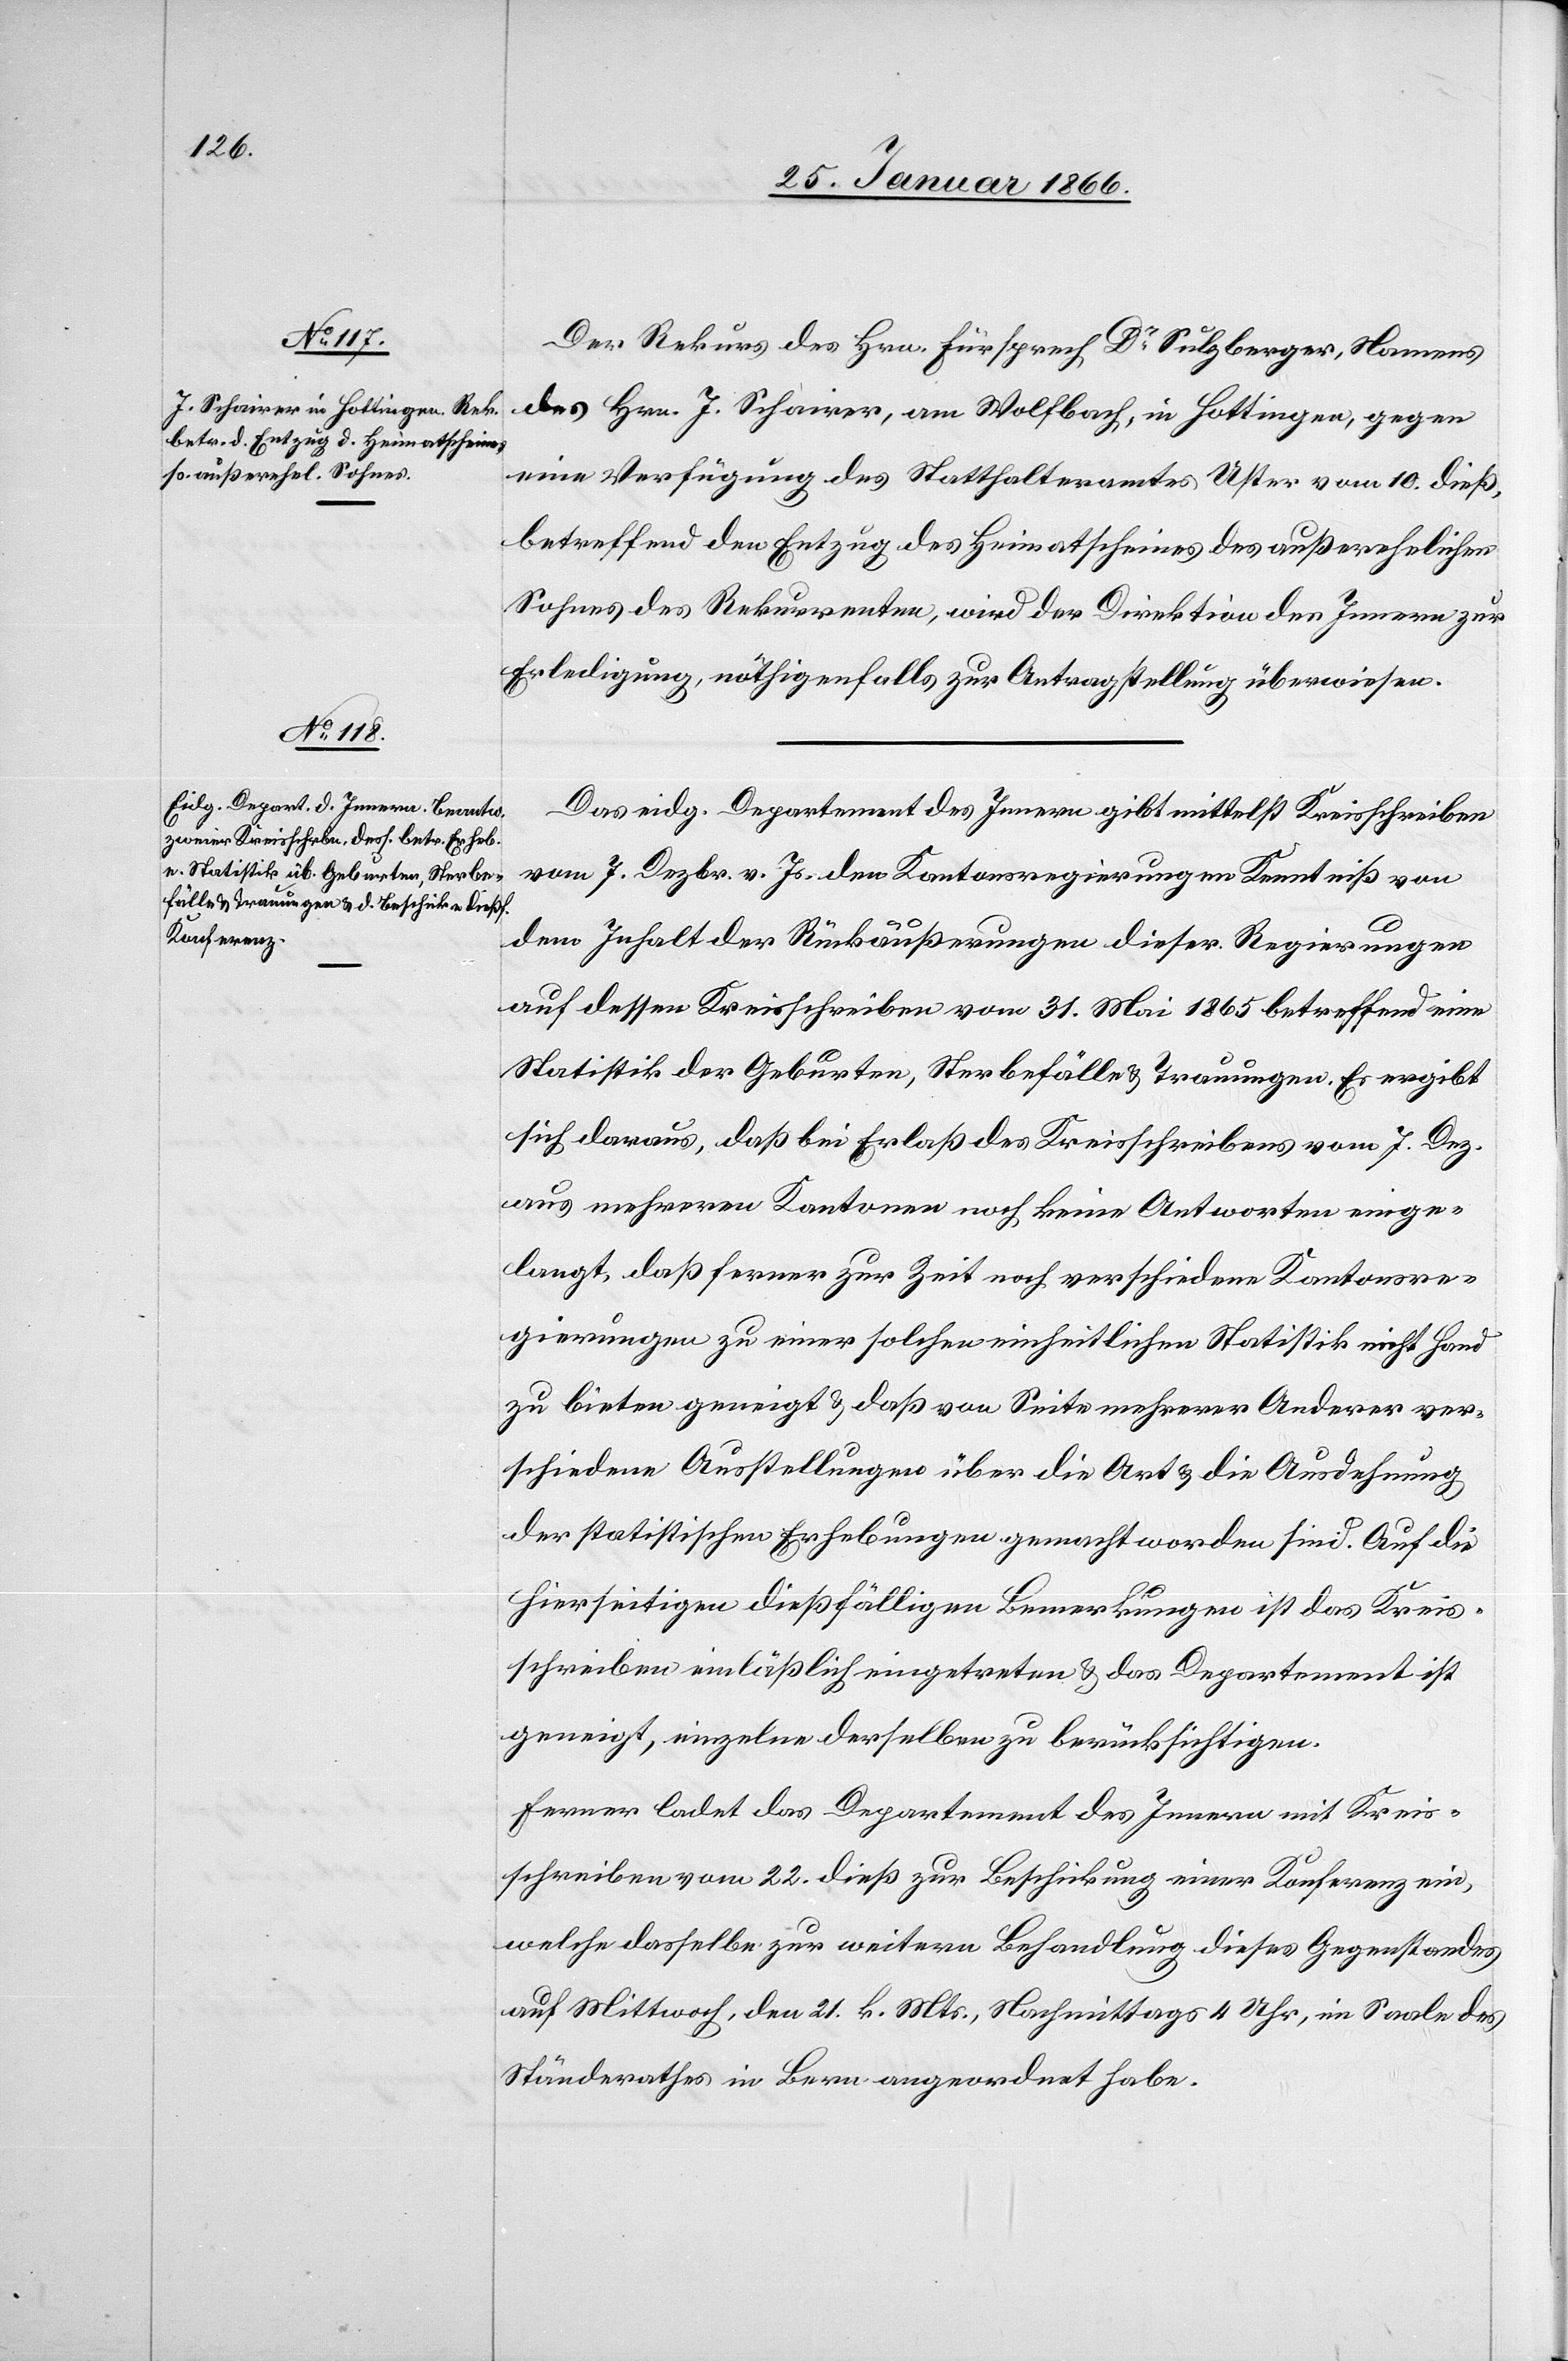
Der Rekurs des Hrn. Fürsprech Dr. Sulzberger, Namens
des Hrn. J. Schairer, am Wolfbach, in Hottingen, gegen
eine Verfügung des Statthalteramtes Uster vom 10. dieß,
betreffend den Entzug des Heimathscheines des außerehelichen
Sohnes des Rekurrenten, wird der Direktion des Innern zur
Erledigung, nöthigenfalls zur Antragstellung überwiesen.
Das eidg. Departement des Innern gibt mittelst Kreisschreiben
vom 7. Dezbr. v. Js. den Kantonsregierungen Kenntniß von
dem Inhalt der Rückäußerungen dieser Regierungen
auf dessen Kreisschreiben vom 31. Mai 1865 betreffend eine
Statistik der Geburten, Sterbefälle u. Trauungen. Es ergibt
sich daraus, daß bei Erlaß des Kreisschreibens vom 7. Dez.
aus mehreren Kantonen noch keine Antworten einge¬
langt, daß ferner zur Zeit noch verschiedene Kantonsre¬
gierungen zu einer solchen einheitlichen Statistik nicht Hand
zu bieten geneigt u. daß von Seite mehrerer Anderer ver¬
schiedene Ausstellungen über die Art u. die Ausdehnung
der statistischen Erhebungen gemacht worden sind. Auf die
hierseitigen dießfälligen Bemerkungen ist das Kreis¬
schreiben einläßlich eingetreten u. das Departement ist
geneigt, einzelne derselben zu berücksichtigen.
Ferner ladet das Departement des Innern mit Kreis¬
schreiben vom 22. dieß zur Beschickung einer Konferenz ein,
welche dasselbe zur weitern Behandlung dieses Gegenstandes
auf Mittwoch, den 21. k. Mts., Nachmittags 4 Uhr, im Saale des
Ständerathes in Bern angeordnet habe.